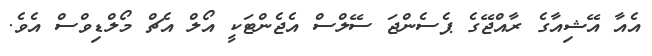
އެއާ އޭޝިއާގެ ރާއްޖޭގެ ޕެސެންޖަ ސޭލްސް އެޖެންޓަކީ އޯލް އެޗް މޯލްޑިވްސް އެވެ.